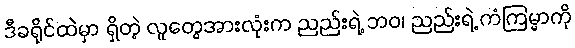
ဒီခရိုင်ထဲမှာ ရှိတဲ့ လူတွေအားလုံးက ညည်းရဲ့ ဘဝ၊ ညည်းရဲ့ ကံကြမ္မာကို